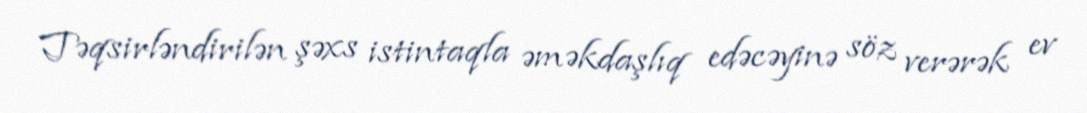
Təqsirləndirilən şəxs istintaqla əməkdaşlıq edəcəyinə söz verərək ev